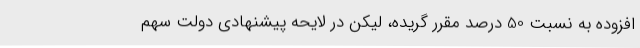
افزوده به نسبت 50 درصد مقرر گریده، لیکن در لایحه پیشنهادی دولت سهم